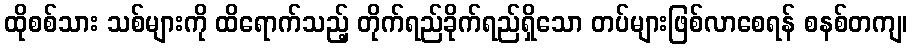
ထိုစစ်သား သစ်များကို ထိရောက်သည့် တိုက်ရည်ခိုက်ရည်ရှိသော တပ်များဖြစ်လာစေရန် စနစ်တကျ၊